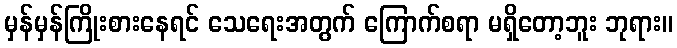
မှန်မှန်ကြိုးစားနေရင် သေရေးအတွက် ကြောက်စရာ မရှိတော့ဘူး ဘုရား။